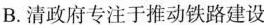
B.清政府专注于推动铁路建设